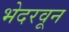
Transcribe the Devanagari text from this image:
भेदरवून